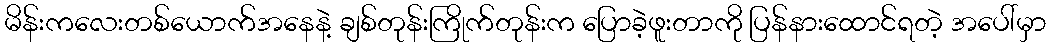
မိန်းကလေးတစ်ယောက်အနေနဲ့ ချစ်တုန်းကြိုက်တုန်းက ပြောခဲ့ဖူးတာကို ပြန်နားထောင်ရတဲ့ အပေါ်မှာ